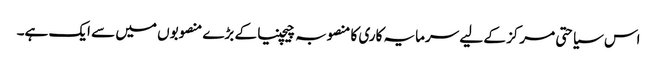
اس سیاحتی مرکز کے لیے سرمایہ کاری کا منصوبہ چیچنیا کے بڑے منصوبوں میں سے ایک ہے۔